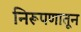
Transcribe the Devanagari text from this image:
निरूपणातून